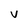
Character: V